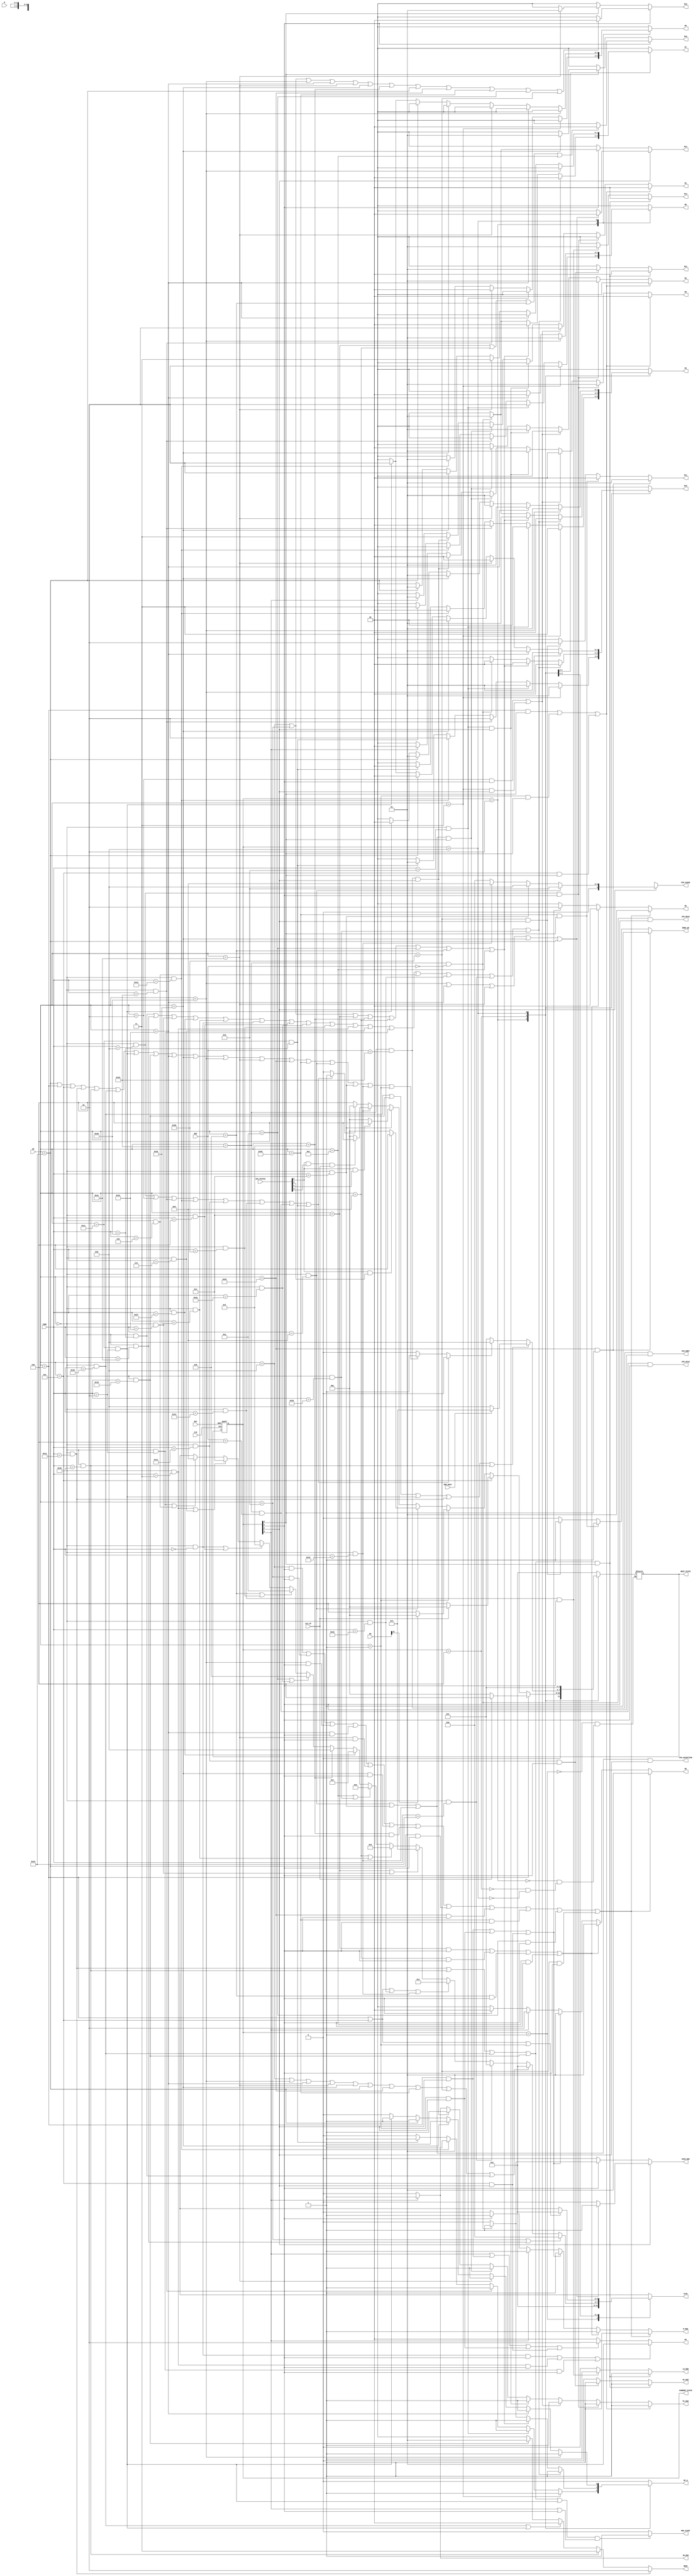
`timescale 1ns / 1ps
module ControlUnit
(
    CLK,
    RST,
    OP,
    RSC,
    FUNC,
    R,
	RS,
    MDU_BUSY,
    CP0_STATUS,
	ALU_ZF,
    M0,
    M1,
    M2,
    M3,
    M4,
    M5,
    M6,
    M7,
    M8,
    M9,
    M10,
    M11,
    M12,
    M13,
    M14,
    M15,
    M16,
    PC_ENA,
    IR_ENA,
    R_ENA,
    RF_W,
    SAVE_ENA,
    ALUC,
    HI_ENA,
    LO_ENA,
    MDU_START,
    MDUC,
    DMEM_WE,
    CP0_CAUSE,
    CP0_EXCEPTION,
    CP0_ERET,
    CP0_MFC0,
    CP0_MTC0,
	CURRENT_STATE,
	NEXT_STATE
);
    input CLK;
    input RST;
    input [5:0]OP;
    input [4:0]RSC;
    input [5:0]FUNC;
    input [31:0]R;
    input [31:0]RS;
    input MDU_BUSY;
    input [31:0]CP0_STATUS;
	input ALU_ZF;
    
    output [1:0]M0;
    output [1:0]M1;
    output [1:0]M2;
    output [1:0]M3;
    output [1:0]M4;
    output [1:0]M5;
    output [1:0]M6;
    output [1:0]M7;
    output [1:0]M8;
    output [1:0]M9;
    output [1:0]M10;
    output [1:0]M11;
    output [1:0]M12;
    output [1:0]M13;
    output [1:0]M14;
    output [1:0]M15;
    output [1:0]M16;
    output PC_ENA;
    output IR_ENA;
    output R_ENA;
    output RF_W;
    output SAVE_ENA;
    output [3:0]ALUC;
    output HI_ENA;
    output LO_ENA;
    output MDU_START;
    output [1:0]MDUC;
    output DMEM_WE;
    output [4:0]CP0_CAUSE;
    output CP0_EXCEPTION;
    output CP0_ERET;
    output CP0_MFC0;
    output CP0_MTC0;
	output [3:0]CURRENT_STATE;
	output [3:0]NEXT_STATE;

    reg [1:0]M0;
    reg [1:0]M1;
    reg [1:0]M2;
    reg [1:0]M3;
    reg [1:0]M4;
    reg [1:0]M5;
    reg [1:0]M6;
    reg [1:0]M7;
    reg [1:0]M8;
    reg [1:0]M9;
    reg [1:0]M10;
    reg [1:0]M11;
    reg [1:0]M12;
    reg [1:0]M13;
    reg [1:0]M14;
    reg [1:0]M15;
    reg [1:0]M16;
    reg PC_ENA;
    reg IR_ENA;
    reg R_ENA;
    reg RF_W;
    reg SAVE_ENA;
    reg [3:0]ALUC;
    reg HI_ENA;
    reg LO_ENA;
    reg MDU_START;
    reg [1:0]MDUC;
    reg DMEM_WE;
    reg [4:0]CP0_CAUSE;

    // 
    wire ADD     = (OP == 6'b000000 & FUNC == 6'b100000);
    wire ADDU    = (OP == 6'b000000 & FUNC == 6'b100001);
    wire SUB     = (OP == 6'b000000 & FUNC == 6'b100010);
    wire SUBU    = (OP == 6'b000000 & FUNC == 6'b100011);
    wire AND     = (OP == 6'b000000 & FUNC == 6'b100100);
    wire OR      = (OP == 6'b000000 & FUNC == 6'b100101);
    wire XOR     = (OP == 6'b000000 & FUNC == 6'b100110);
    wire NOR     = (OP == 6'b000000 & FUNC == 6'b100111);
    wire SLT     = (OP == 6'b000000 & FUNC == 6'b101010);
    wire SLTU    = (OP == 6'b000000 & FUNC == 6'b101011);
    wire SLL     = (OP == 6'b000000 & FUNC == 6'b000000);
    wire SRL     = (OP == 6'b000000 & FUNC == 6'b000010);
    wire SRA     = (OP == 6'b000000 & FUNC == 6'b000011);
    wire SLLV    = (OP == 6'b000000 & FUNC == 6'b000100);
    wire SRLV    = (OP == 6'b000000 & FUNC == 6'b000110);
    wire SRAV    = (OP == 6'b000000 & FUNC == 6'b000111);
    wire JR      = (OP == 6'b000000 & FUNC == 6'b001000);
    wire ADDI    = (OP == 6'b001000);
    wire ADDIU   = (OP == 6'b001001);
    wire ANDI    = (OP == 6'b001100);
    wire ORI     = (OP == 6'b001101);
    wire XORI    = (OP == 6'b001110);
    wire LUI     = (OP == 6'b001111);
    wire LW      = (OP == 6'b100011);
    wire SW      = (OP == 6'b101011);
    wire BEQ     = (OP == 6'b000100);
    wire BNE     = (OP == 6'b000101);
    wire SLTI    = (OP == 6'b001010);
    wire SLTIU   = (OP == 6'b001011);
    wire J       = (OP == 6'b000010);
    wire JAL     = (OP == 6'b000011);
    wire DIV     = (OP == 6'b000000 & FUNC == 6'b011010);
    wire DIVU    = (OP == 6'b000000 & FUNC == 6'b011011);
    wire MULT    = (OP == 6'b000000 & FUNC == 6'b011000);
	wire MUL     = (OP == 6'b011100 & FUNC == 6'b000010);
    wire MULTU   = (OP == 6'b000000 & FUNC == 6'b011001);
    wire BGEZ    = (OP == 6'b000001);
    wire JALR    = (OP == 6'b000000 & FUNC == 6'b001001);
    wire LBU     = (OP == 6'b100100);
    wire LHU     = (OP == 6'b100101);
    wire LB      = (OP == 6'b100000);
    wire LH      = (OP == 6'b100001);
    wire SB      = (OP == 6'b101000);
    wire SH      = (OP == 6'b101001);
    wire BREAK   = (OP == 6'b000000 & FUNC == 6'b001101);
    wire SYSCALL = (OP == 6'b000000 & FUNC == 6'b001100);
    wire ERET    = (OP == 6'b010000 & RSC  == 5'b10000);
    wire MFHI    = (OP == 6'b000000 & FUNC == 6'b010000);
    wire MFLO    = (OP == 6'b000000 & FUNC == 6'b010010);
    wire MTHI    = (OP == 6'b000000 & FUNC == 6'b010001);
    wire MTLO    = (OP == 6'b000000 & FUNC == 6'b010011);
    wire MFC0    = (OP == 6'b010000 & RSC  == 5'b00000);
    wire MTC0    = (OP == 6'b010000 & RSC  == 5'b00100);
    wire CLZ     = (OP == 6'b011100 & FUNC == 6'b100000);
    wire TEQ     = (OP == 6'b000000 & FUNC == 6'b110100);

    reg step2;
    reg step3;
    reg step4;
    always@(*) begin
        if(JR|J|MFHI|MFLO|MTHI|MTLO|MTC0|CLZ) begin
            step2 = 1;
            step3 = 0;
            step4 = 0;
        end
        else if(LW|BEQ|BNE|DIV|DIVU|MULT|MUL|MULTU|LBU|LHU|LB|LH|SB|SH|BREAK|SYSCALL|TEQ|BGEZ) begin
            step2 = 0;
            step3 = 0;
            step4 = 1;
        end  
        else begin
            step2 = 0;
            step3 = 1;
            step4 = 0;
        end
    end

    // ?
    parameter q1 = 4'b0001;
    parameter q2 = 4'b0010;
    parameter q3 = 4'b0100;
    parameter q4 = 4'b1000;
    reg [3:0]current_state = q1;
    reg [3:0]next_state;
	// wire [3:0]next_state_;
	assign NEXT_STATE = next_state;
	assign CURRENT_STATE = current_state;
    wire t1 = current_state[0];
	wire t2 = current_state[1];
	wire t3 = current_state[2];
	wire t4 = current_state[3];

	always @(posedge CLK  or posedge RST) begin
        if(RST) begin
            current_state <= q1;
			// next_state <= q1;
        end
        else begin
            current_state <= next_state;
        end
    end

    // always @(negedge CLK) begin
	always @(*) begin
		case(current_state)
			q1: begin
				next_state <= q2;
			end
			q2: begin
				if(BEQ) begin
					if(ALU_ZF) begin
						next_state <= q3;
					end 
					else begin
						next_state <= q1;
					end
				end 
				else if(BNE) begin
					if(ALU_ZF) begin
						next_state <= q1;
					end 
					else begin
						next_state <= q3;
					end
				end 
				else if(BGEZ) begin
					if(RS[31])begin
						next_state <= q1;
					end
					else begin
						next_state <= q3;
					end
				end
				else if(BREAK) begin
					if(CP0_STATUS[0] & CP0_STATUS[2]) begin
						next_state <= q3;
					end 
					else begin
						next_state <= q1;
					end
				end 
				else if(SYSCALL) begin
					if(CP0_STATUS[0] & CP0_STATUS[1]) begin
						next_state <= q3;
					end 
					else begin
						next_state <= q1;
					end
				end 
				else if(TEQ) begin
					if(CP0_STATUS[0] & CP0_STATUS[3] & ALU_ZF) begin
						next_state <= q3;
					end 
					else begin
						next_state <= q1;
					end
				end 
				else begin
					if(step2) begin
						next_state <= q1;
					end else begin
						next_state <= q3;
					end
				end
			end
			q3: begin
				if(MULT | MULTU | MUL | DIV | DIVU) begin
					if(MDU_BUSY) begin
						next_state <= q3;
					end 
					else begin
						next_state <= q4;
					end
				end 
				else begin
					if(step4) begin
						next_state <= q4;
					end 
					else begin
						next_state <= q1;
					end
				end
			end
			q4: begin
				next_state <= q1;
			end
			// default: begin
			// 	next_state <= q1;
			// end
		endcase
	end

	

	//PC
	always @(*) begin
		if((BEQ & t4)|(BGEZ & t4)|(BNE & t4)) begin
			M0 = 2'b00;
            M1 = 2'b00;
            M2 = 2'bxx;
			PC_ENA = 1;
		end 
        else if(JR & t2) begin
			M0 = 2'b01;
            M1 = 2'bxx;
            M2 = 2'b01;
			PC_ENA = 1;
        end 
        else if((J & t2)|(JAL & t3)) begin
			M0 = 2'b00;
            M1 = 2'b10;
            M2 = 2'bxx;
			PC_ENA = 1;
		end 
        else if(JALR & t3) begin
            M0 = 2'b01;
            M1 = 2'bxx;
            M2 = 2'b01;
            PC_ENA = 1;
		end 
        else if((BREAK | SYSCALL | TEQ) & t4) begin
			M0 = 2'b01;
            M1 = 2'bxx;
            M2 = 2'b00;
			PC_ENA = 1;
		end 
        else if(ERET & t3) begin
			M0 = 2'b00;
            M1 = 2'b11;
            M2 = 2'bxx;
			PC_ENA = 1;
		end 
        else if(t1) begin
            M0 = 2'b00;
            M1 = 2'b01;
            M2 = 2'bxx;
			PC_ENA = 1;
		end 
        else begin
			M0 = 2'bxx;
            M1 = 2'bxx;
            M2 = 2'bxx;
			PC_ENA = 0;
		end
	end

	//IR
	always @(*) begin
		if(t1) begin
			IR_ENA = 1;
		end 
        else begin
			IR_ENA = 0;
		end
	end

	// DMEM
	always @(*) begin
		if(SB & t4) begin
			DMEM_WE = 1;
			M11 = 2'b01;
		end 
        else if(SH & t4) begin
			DMEM_WE = 1;
			M11 = 2'b00;
		end 
        else if(SW & t3) begin
			DMEM_WE = 1;
			M11 = 2'b10;
		end 
        else begin
			DMEM_WE = 0;
			M11 = 2'bxx;
		end
	end

	//RegFile
	always @(*) begin
		case(current_state)
			q2: begin
				if(JAL) begin
					RF_W = 1;
                    M3 = 2'b11;
                    M7 = 2'bxx;
                    M8 = 2'b10;
                    M9 = 2'bxx;
                    M10 = 2'b01;
				end 
                else if(JALR) begin
					RF_W = 1;
					M3 = 2'b00;
                    M7 = 2'bxx;
                    M8 = 2'b10;
                    M9 = 2'bxx;
                    M10 = 2'b01;
				end 
                else if(MFHI) begin
					RF_W = 1;
					M3 = 2'b00;
                    M7 = 2'bxx;
                    M8 = 2'bxx;
                    M9 = 2'b00;
                    M10 = 2'b10;
				end 
                else if(MFLO) begin
					RF_W = 1;
					M3 = 2'b00;
                    M7 = 2'bxx;
                    M8 = 2'bxx;
                    M9 = 2'b01;
                    M10 = 2'b10;
				end 
				else if(CLZ) begin //
					RF_W = 1;
					M3 = 2'b00;
                    M7 = 2'bxx;
                    M8 = 2'b11;
                    M9 = 2'bxx;
                    M10 = 2'b01;
				end
                else begin
					RF_W = 0;
					M3 = 2'bxx;
                    M7 = 2'bxx;
                    M8 = 2'bxx;
                    M9 = 2'bxx;
                    M10 = 2'bxx;
				end
			end
			q3: begin
                if(ADD|ADDU|AND|NOR|OR|SLL|SLLV|SLT|SLTU|SRA|SRAV|SRL|SRLV|SUB|SUBU|XOR) begin
					RF_W = 1;
					M3 = 2'b00;
                    M7 = 2'b00;
                    M8 = 2'bxx;
                    M9 = 2'bxx;
                    M10 = 2'b00;
				end
				else if(ADDI|ADDIU|ANDI|LUI|ORI|SLTI|SLTIU|XORI) begin
					RF_W = 1;
					M3 = 2'b01;
                    M7 = 2'b00;
                    M8 = 2'bxx;
                    M9 = 2'bxx;
                    M10 = 2'b00;
				end
				else if(MFC0) begin
					RF_W = 1;
					M3 = 2'b01;
                    M7 = 2'b01;
                    M8 = 2'bxx;
                    M9 = 2'bxx;
                    M10 = 2'b00;
				end 
                else begin
					RF_W = 0;
					M3 = 2'bxx;
                    M7 = 2'bxx;
                    M8 = 2'bxx;
                    M9 = 2'bxx;
                    M10 = 2'bxx;
				end
			end
			q4: begin
				if(LB) begin
					RF_W = 1;
					M3 = 2'b01;
                    M7 = 2'bxx;
                    M8 = 2'b01;
                    M9 = 2'bxx;
                    M10 = 2'b01;
				end 
				else if(LBU) begin
					RF_W = 1;
					M3 = 2'b01;
                    M7 = 2'bxx;
                    M8 = 2'b00;
                    M9 = 2'bxx;
                    M10 = 2'b01;
				end 
				else if(LH) begin
					RF_W = 1;
					M3 = 2'b01;
                    M7 = 2'b11;
                    M8 = 2'bxx;
                    M9 = 2'bxx;
                    M10 = 2'b00;
				end 
				else if(LHU) begin
					RF_W = 1;
					M3 = 2'b01;
                    M7 = 2'b10;
                    M8 = 2'bxx;
                    M9 = 2'bxx;
                    M10 = 2'b00;
				end 
				else if(LW) begin
					RF_W = 1;
					M3 = 2'b01;
                    M7 = 2'b01;
                    M8 = 2'bxx;
                    M9 = 2'bxx;
                    M10 = 2'b00;
				end 
				else if(MUL) begin
					RF_W = 1;
					M3 = 2'b00;
                    M7 = 2'bxx;
                    M8 = 2'bxx;
                    M9 = 2'b10;
                    M10 = 2'b10;
				end
				else begin
					RF_W = 0;
					M3 = 2'bxx;
                    M7 = 2'bxx;
                    M8 = 2'bxx;
                    M9 = 2'bxx;
                    M10 = 2'bxx;
				end
			end
			default: begin
				RF_W = 0;
				M3 = 2'bxx;
                M7 = 2'bxx;
                M8 = 2'bxx;
                M9 = 2'bxx;
                M10 = 2'bxx;
			end
		endcase
	end

	// ALU
	// A
	always @(*) begin
		if((SLL & t2)|(SRA & t2)|(SRL & t2)) begin
			M4 = 2'b01;
		end 
		else if(t1 |(BEQ & t3)|(BGEZ & t3)|(BNE & t3)) begin
			M4 = 2'b10;
		end 
		else begin
			M4 = 2'b00;
		end
	end
	// B
	always @(*) begin
		if((ADDI & t2)|(ADDIU & t2)|(LB & t2)|(LBU & t2)|(LH & t2)|(LHU & t2)|(LUI & t2)|(LW & t2)|(SB & t2)|(SH & t2)|(SLTI & t2)|(SW & t2))begin
			M5 = 2'b01;
			M6 = 2'b01;
			R_ENA = 1;
		end 
		else if((ANDI & t2)|(ORI & t2)|(SLTIU & t2)|(XORI & t2)) begin
			M5 = 2'b01;
			M6 = 2'b00;
			R_ENA = 1;
		end 
		else if((BEQ & t3)|(BGEZ & t3)|(BNE & t3)) begin
			M5 = 2'b01;
			M6 = 2'b10;
			R_ENA = 1;
		end 
		else if(t1) begin
			M5 = 2'b10;
			M6 = 2'bxx;
			R_ENA = 1;
		end 
		else begin
			if(t2) begin
				M5 = 2'b00;
				M6 = 2'bxx;
				R_ENA = 1;
			end else begin
				M5 = 2'bxx;
				M6 = 2'bxx;
				R_ENA = 0;
			end
		end
	end
	// ALUC
	always @(*) begin
		case(current_state)
			q1: begin
				ALUC = 4'b0010;
			end
			q2: begin
				if(ADDIU|ADDU) begin
					ALUC = 4'b0000;
				end
				else if(ADDI|LB|LBU|LH|LHU|LW|SB|SH|SW|ADD) begin
					ALUC = 4'b0010;
				end  
				else if(SUBU) begin
					ALUC = 4'b0001;
				end 
				else if(BEQ|BNE|SUB|TEQ) begin
					ALUC = 4'b0011;
				end 
				else if(ANDI|AND) begin
					ALUC = 4'b0100;
				end 
				else if(ORI|OR) begin
					ALUC = 4'b0101;
				end
				else if(XORI|XOR) begin
					ALUC = 4'b0110;
				end
				else if(NOR) begin
					ALUC = 4'b0111;
				end
				else if(LUI) begin
					ALUC = 4'b1000;
				end 
				else if(SLTI|SLT) begin
					ALUC = 4'b1011;
				end 
				else if(SLTIU|SLTU) begin
					ALUC = 4'b1010;
				end 
				else if(SLL|SLLV) begin
					ALUC = 4'b1111;
				end 
				else if(SRA|SRAV) begin
					ALUC = 4'b1100;
				end 
				else if(SRL|SRLV) begin
					ALUC = 4'b1101;
				end 
				else begin
					ALUC = 4'bxxxx;
				end
			end
			q3: begin
				if(BEQ|BNE|BGEZ) begin
					ALUC = 4'b0010;
				end 
				else begin
					ALUC = 4'bxxxx;
				end
			end
			default: begin
				ALUC = 4'bxxxx;
			end
		endcase
	end

	// MDU
	// ??
	always @(*) begin
		if((DIV|DIVU|MULT|MULTU|MUL)&(t1|t2)) begin
			MDU_START = 1;
		end 
		else begin
			MDU_START = 0;
		end
	end
	// MDUC
	always @(*) begin
		if(DIV) begin
			MDUC = 2'b10;
		end 
		else if(DIVU) begin
			MDUC = 2'b11;
		end 
		else if(MULT | MUL) begin
			MDUC = 2'b00;
		end 
		else if(MULTU) begin
			MDUC = 2'b01;
		end 
		else begin
			MDUC = 2'bxx;
		end
	end

	// SAVE?
	always @(*) begin
		if(t3) begin
			if(LB|LBU|LH|LHU|LW) begin
				M14 = 2'b00;
				SAVE_ENA = 1;
			end 
			else begin
				M14 = 2'bxx;
				SAVE_ENA = 0;
			end
		end else if(t2) begin
			if(MFC0) begin
				M14 = 2'b01;
				SAVE_ENA = 1;
			end else begin
				M14 = 2'bxx;
				SAVE_ENA = 0;
			end
		end else begin
			M14 = 2'bxx;
			SAVE_ENA = 0;
		end
	end

	// S_Ext_16
	always @(*) begin
		if(t2) begin
			if(ADDI|ADDIU|LB|LBU|LH|LHU|LUI|LW|SB|SH|SLTI|SW) begin
				M16 = 2'b00;
			end else begin
				M16 = 2'bxx;
			end
		end else if(t4) begin
			if(LH) begin
				M16 = 2'b01;
			end else begin
				M16 = 2'bxx;
			end
		end else begin
			M16 = 2'bxx;
		end
	end

	// Ext_16
	always @(*) begin
		if(t2) begin
			if(ANDI|ORI|SLTIU|XORI) begin
				M15 = 2'b00;
			end else begin
				M15 = 2'bxx;
			end
		end else if(t4) begin
			if(LHU) begin
				M15 = 2'b01;
			end else begin
				M15 = 2'bxx;
			end
		end else begin
			M15 = 2'bxx;
		end
	end

	//HI LO
	always @(*) begin
		if((DIV|DIVU|MULT|MULTU)&t4) begin
			M12 = 2'b00;
			HI_ENA = 1;
		end 
		else if(MTHI & t2) begin
			M12 = 2'b01;
			HI_ENA = 1;
		end 
		else begin
			M12 = 2'bxx;
			HI_ENA = 0;
		end
	end

	always @(*) begin
		if((DIV|DIVU|MULT|MULTU)&t4) begin
			M13 = 2'b00;
			LO_ENA = 1;
		end 
		else if(MTLO & t2) begin
			M13 = 2'b01;
			LO_ENA = 1;
		end 
		else begin
			M13 = 2'bxx;
			LO_ENA = 0;
		end
	end

	//CP0
	assign CP0_MFC0 = (MFC0 & t2);
	assign CP0_MTC0 = (MTC0 & t2);
	assign CP0_EXCEPTION = ((BREAK | SYSCALL | TEQ)& t3);
	// assign CP0_EXCEPTION = (((BREAK|SYSCALL) & t3)|(TEQ & t4));
	assign CP0_ERET = (ERET & t2);
	always @(*) begin
		if(t3) begin
			if(BREAK) begin
				CP0_CAUSE = 5'b01001;
			end
			else if(SYSCALL) begin
				CP0_CAUSE = 5'b01000;
			end 
			else if(TEQ) begin
				CP0_CAUSE = 5'b01101;
			end
			else begin
				CP0_CAUSE = 5'b00000;
			end
		end
		else begin
			CP0_CAUSE = 5'bxxxxx;
		end
	end
	// always @(*) begin
	// 	if(t3) begin
	// 		if(BREAK) begin
	// 			CP0_CAUSE = 5'b01001;
	// 		end 
	// 		else if(SYSCALL) begin
	// 			CP0_CAUSE = 5'b01000;
	// 		end 
	// 		else begin
	// 			CP0_CAUSE = 5'bxxxxx;
	// 		end
	// 	end 
	// 	else if(t4) begin
	// 		if(TEQ) begin
	// 			CP0_CAUSE = 5'b01101;
	// 		end 
	// 		else begin
	// 			CP0_CAUSE = 5'b00000;
	// 		end
	// 	end 
	// 	else begin
	// 		CP0_CAUSE = 5'bxxxxx;
	// 	end
	// end
    
endmodule